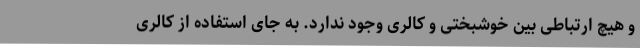
و هیچ ارتباطی بین خوشبختی و کالری وجود ندارد. به جای استفاده از کالری